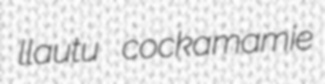
llautu cockamamie